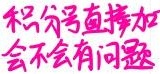
积分号直接加
会不会有问题